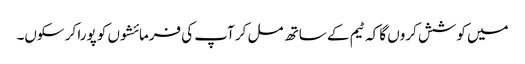
میں کوشش کروں گا کہ ٹیم کے ساتھ مل کر آپ کی فرمائشوں کو پورا کر سکوں۔